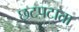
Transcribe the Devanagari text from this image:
छटपटाता